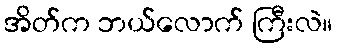
အိတ်က ဘယ်လောက် ကြီးလဲ။